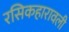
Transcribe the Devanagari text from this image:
रसिकहारावली